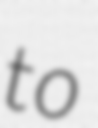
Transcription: to